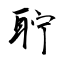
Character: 聍